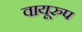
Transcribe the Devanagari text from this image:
वायूरुप